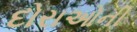
દોરાઓની